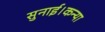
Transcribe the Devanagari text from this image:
सुनाई।कन्या